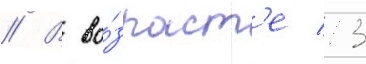
// В во́зраст'е 13